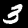
Label: 3